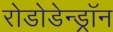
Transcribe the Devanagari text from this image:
रोडोडेन्‍ड्रॉन